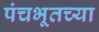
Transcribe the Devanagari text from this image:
पंचभूतच्या